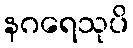
နဂရေသုပိ